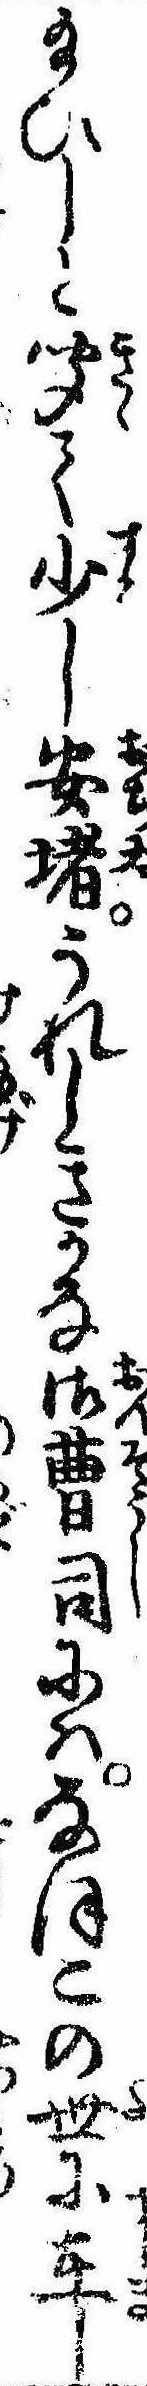
給ひしと聞て少し安堵うれしきかな御曹司にはなほこの世に在し